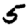
Digit: 5